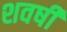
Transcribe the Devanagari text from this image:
शवषी